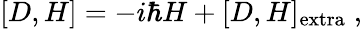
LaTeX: [D,H]=-i\hbar H+[D,H]_{\mathrm{extra}}\; ,